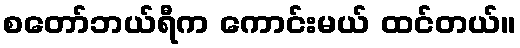
စတော်ဘယ်ရီက ကောင်းမယ် ထင်တယ်။